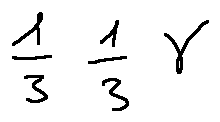
\frac { 1 } { 3 } \frac { 1 } { 3 } \gamma